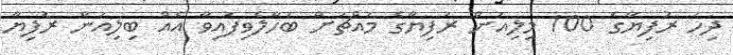
ދިހަ ރުފިޔާގެ 100 މިލިއަން ރުފިޔާގެ މައްޗަށް ބަހާލެވިފައިވާ އެއް ބިލިއަން ރުފިޔާ